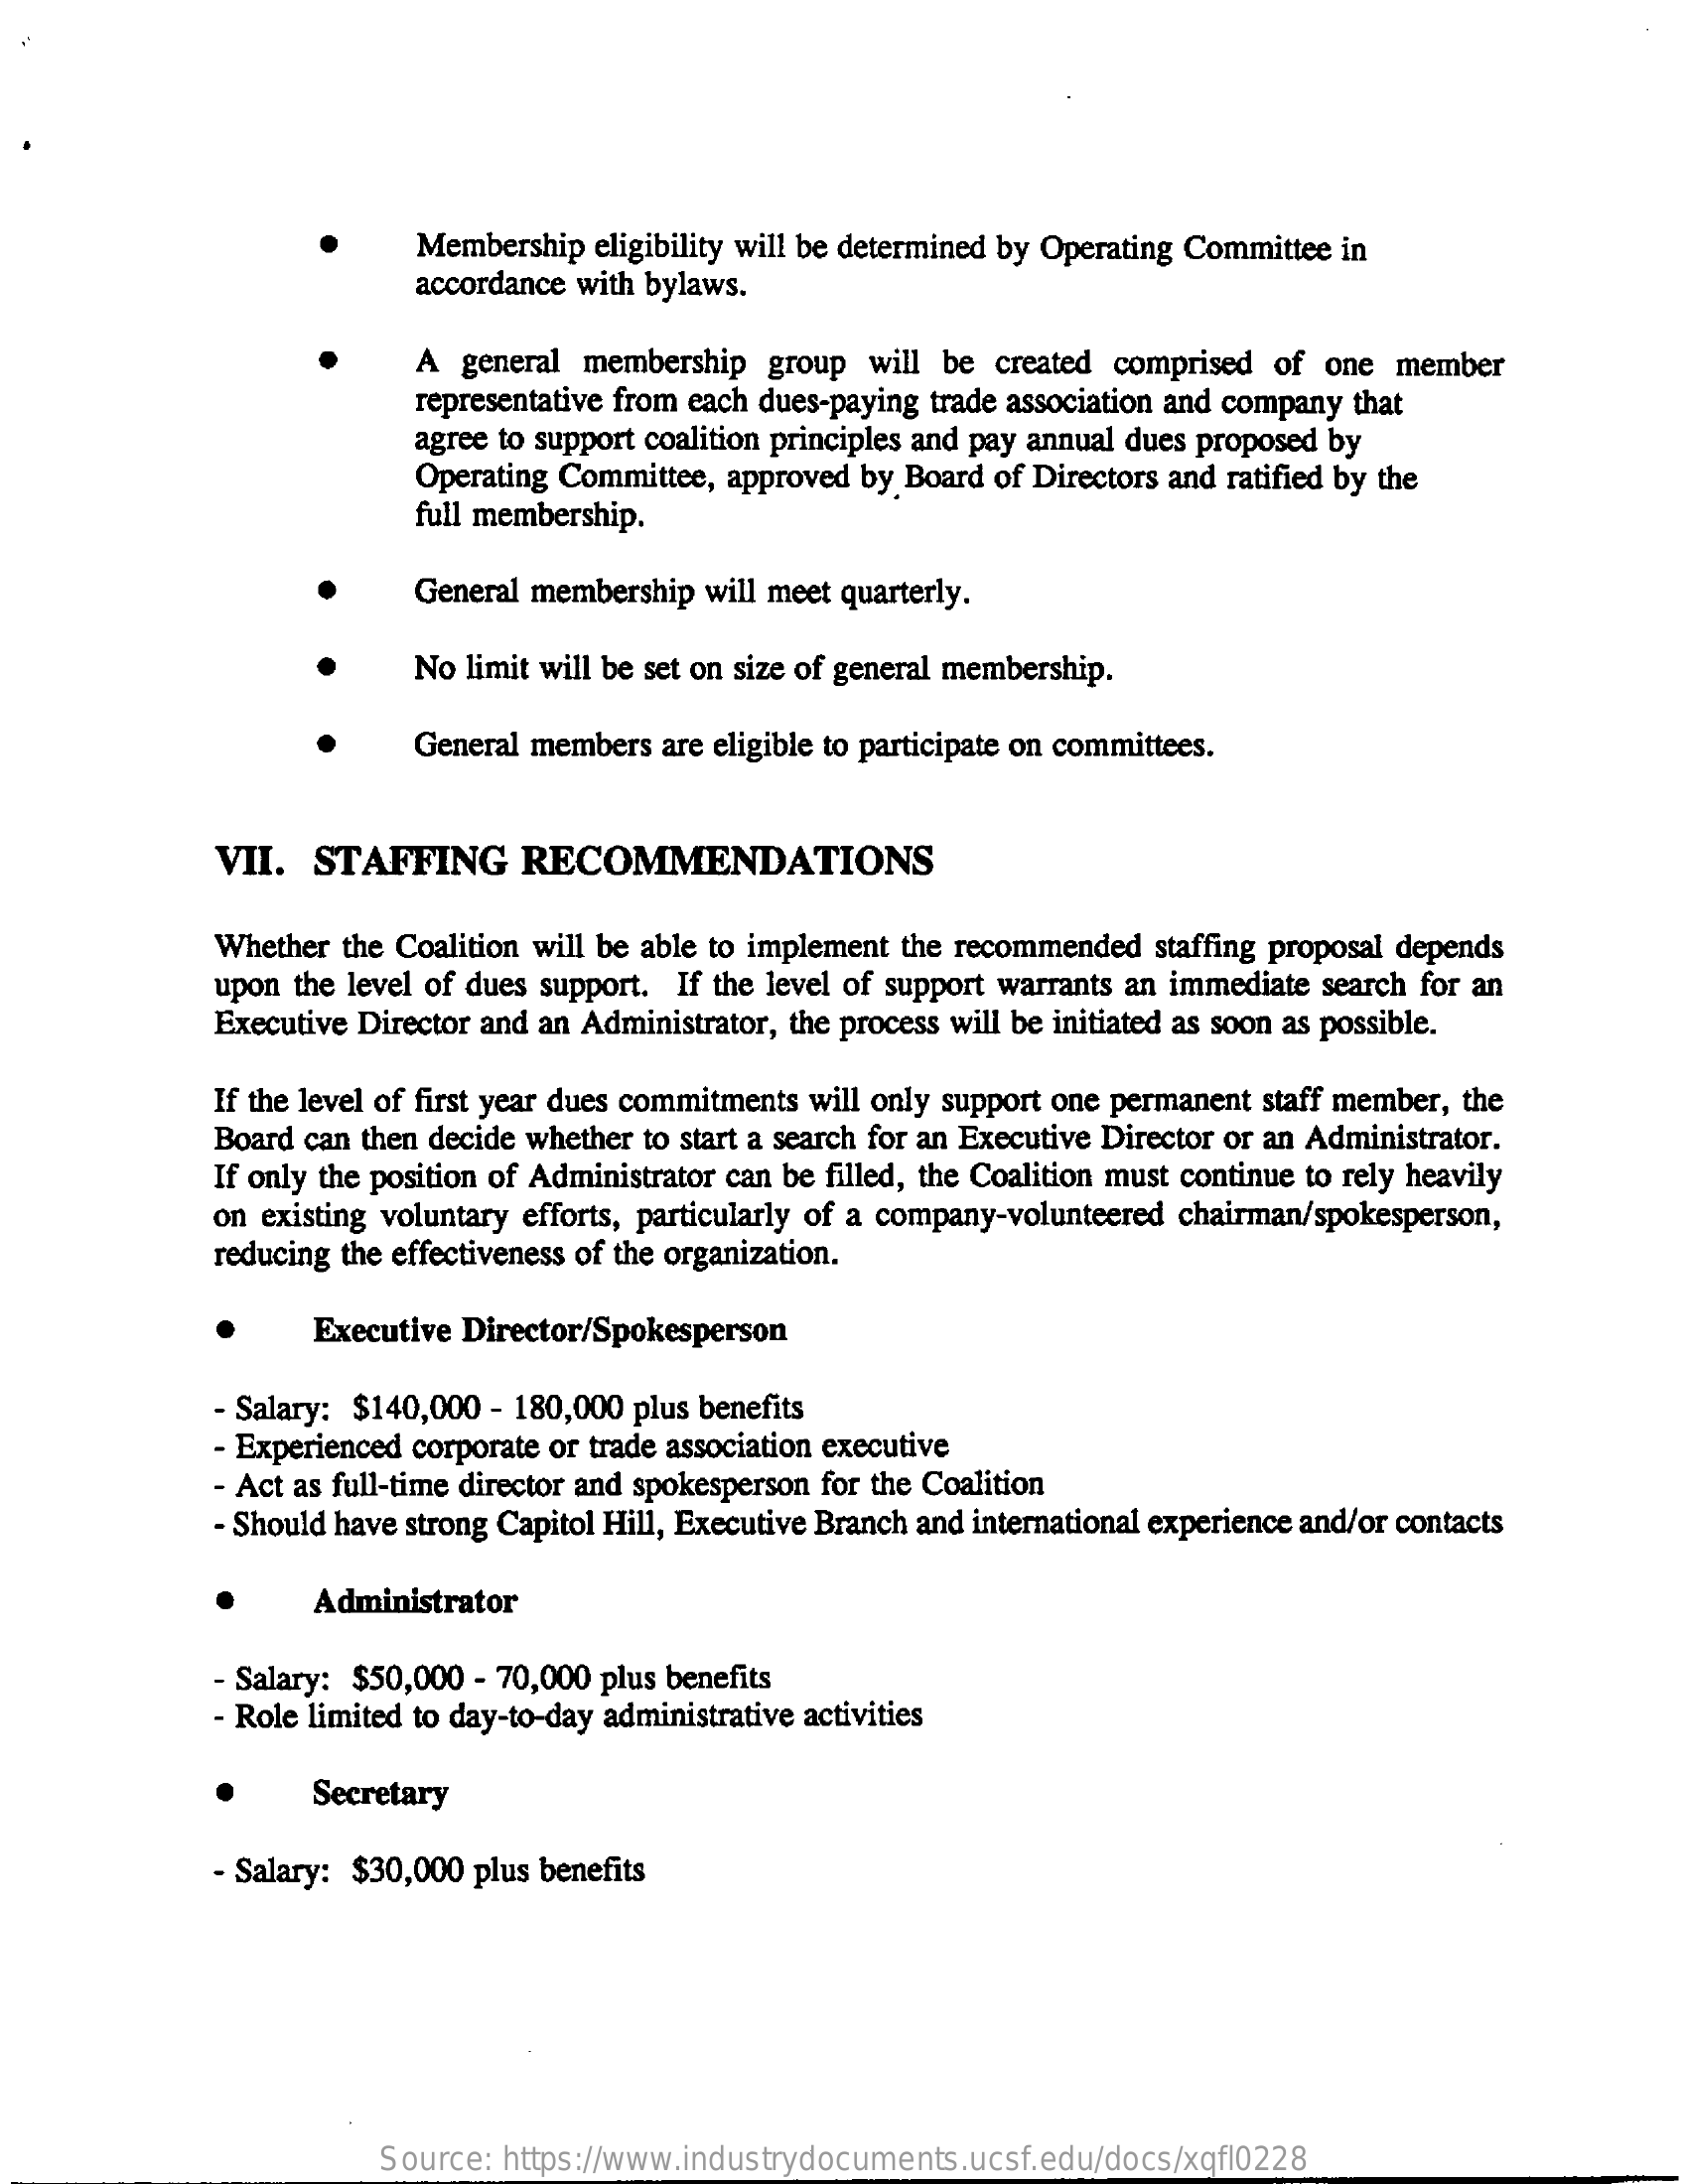
Membership  eligibility will be determined by Operating Committee in
     accordance with bylaws.
     A  general membership  group will be created comprised of  one member
     representative from each dues-paying trade association and company that
     agree to support coalition principles and pay annual dues proposed by
     Operating Committee, approved by Board of Directors and ratified by the
     full membership.
     General membership will meet quarterly.
     No limit will be set on size of general membership.
     General members are eligible to participate on committees.
     VII.  STAFFING    RECOMMENDATIONS
     Whether the Coalition will be able to implement the recommended staffing proposal depends
     upon the level of dues support. If the level of support warrants an immediate search for an
     Executive Director and an Administrator, the process will be initiated as soon as possible.
     If the level of first year dues commitments will only support one permanent staff member, the
     Board can then decide whether to start a search for an Executive Director or an Administrator.
     If only the position of Administrator can be filled, the Coalition must continue to rely heavily
     on existing voluntary efforts, particularly of a company-volunteered chairman/spokesperson,
     reducing the effectiveness of the organization.
     Executive Director/Spokesperson
     - Salary: $140,000 - 180,000 plus benefits
     - Experienced corporate or trade association executive
     - Act as full-time director and spokesperson for the Coalition
     - Should have strong Capitol Hill, Executive Branch and international experience and/or contacts
     Administrator
     - Salary: $50,000 - 70,000 plus benefits
     - Role limited to day-to-day administrative activities
     Secretary
     - Salary: $30,000 plus benefits
     Source: https://www.industrydocuments.ucsf.edu/docs/xqfl0228